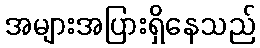
အများအပြားရှိနေသည်